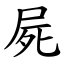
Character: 屍